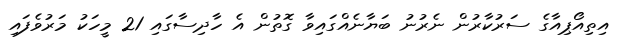
އިތިއޯޕިއާގެ ސަރުކާރުން ނެރުނު ބަޔާނެއްގައިވާ ގޮތުން އެ ހާދިސާގައި 21 މީހަކު މަރުވެފައި